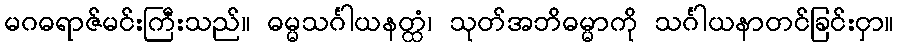
မဂဓရာဇ်မင်းကြီးသည်။ ဓမ္မသင်္ဂါယနတ္ထံ၊ သုတ်အဘိဓမ္မာကို သင်္ဂါယနာတင်ခြင်းငှာ။